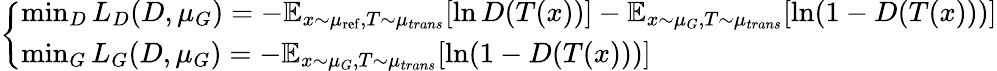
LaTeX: {\left\{ \begin{array}{ll}{\operatorname*{min}_{D}L_{D}(D,\mu_{G})=-\mathbb{E}_{x\sim\mu_{\mathrm{ref}},T\sim\mu_{trans}}[\ln D(T(x))]-\mathbb{E}_{x\sim\mu_{G},T\sim\mu_{trans}}[\ln(1-D(T(x)))]}\\ {\operatorname*{min}_{G}L_{G}(D,\mu_{G})=-\mathbb{E}_{x\sim\mu_{G},T\sim\mu_{trans}}[\ln(1-D(T(x)))]}\end{array}\right.}